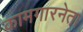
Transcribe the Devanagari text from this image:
कामगारनेता